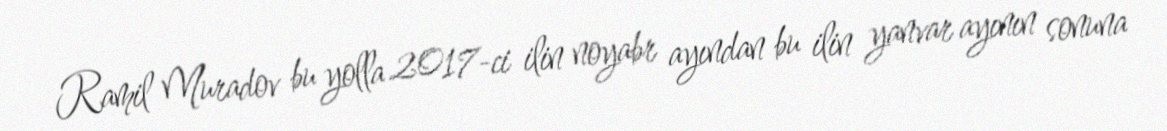
Ramil Muradov bu yolla 2017-ci ilin noyabr ayından bu ilin yanvar ayının sonuna